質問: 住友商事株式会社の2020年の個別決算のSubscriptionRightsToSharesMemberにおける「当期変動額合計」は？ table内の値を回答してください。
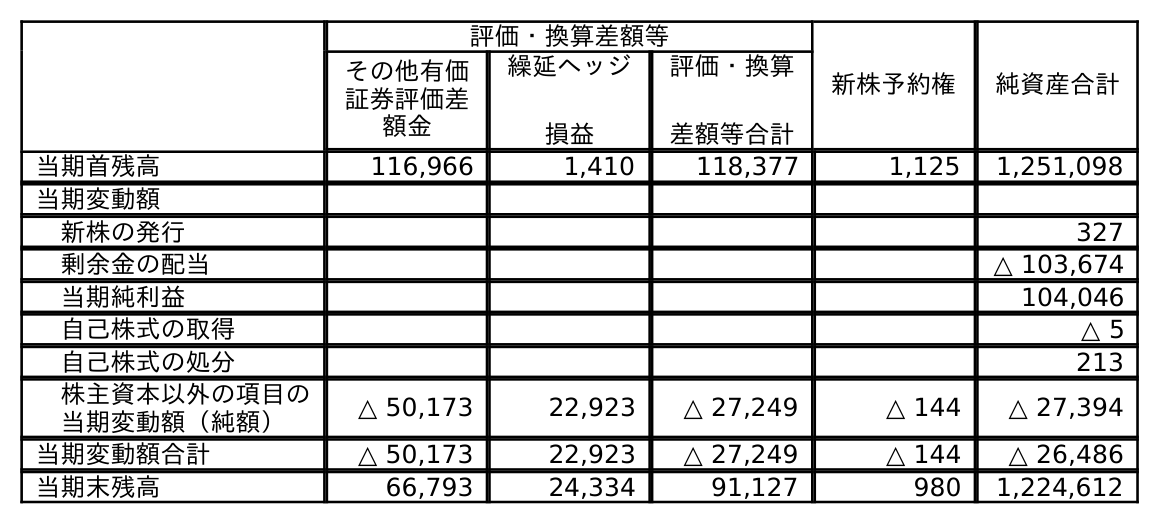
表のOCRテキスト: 評価・換算差額等 新株予約権 純資産合計 その他有価 証券評価差 額金 繰延ヘッジ 損益 評価・換算 差額等合計 当期首残高 116,966 1,410 118,377 1,125 1,251,098 当期変動額 新株の発行 327 剰余金の配当 △ 103,674 当期純利益 104,046 自己株式の取得 △ 5 自己株式の処分 213 株主資本以外の項目の 当期変動額（純額） △ 50,173 22,923 △ 27,249 △ 144 △ 27,394 当期変動額合計 △ 50,173 22,923 △ 27,249 △ 144 △ 26,486 当期末残高 66,793 24,334 91,127 980 1,224,612
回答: △144